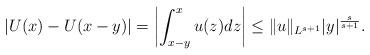
LaTeX: \begin{align*}|U (x) - U (x-y) | = \left| \int^x_{x-y} u (z) dz \right| \le \| u \|_{L^{s+1}} |y|^\frac{s}{s+1}.\end{align*}